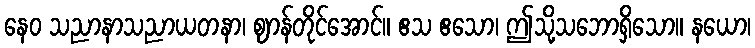
နေဝ သညာနာသညာယတနာ၊ ဈာန်တိုင်အောင်။ ဧသ ဧသော၊ ဤသို့သဘောရှိသော။ နယော၊